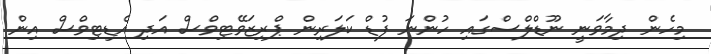
މިހެން ދިމާވަނީ ނޫޑްލްސްގައި ހުންނަ ފުޑް ކަލަރިން ޕްރިޒަވޭޓިވްސް އަދި އެޑިޓިވްސް އިން